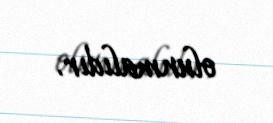
olunmalıdır.